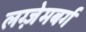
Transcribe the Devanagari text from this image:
लग्ज़ेमबर्ग